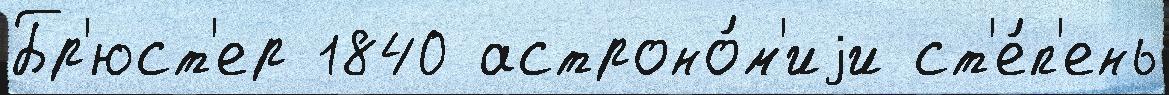
Бр'юст'ер 1840 астроно́м'иjи ст'е́п'ень